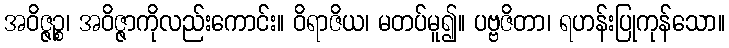
အဝိဇ္ဇဉ္စ၊ အဝိဇ္ဇာကိုလည်းကောင်း။ ဝိရာဇိယ၊ မတပ်မူ၍။ ပဗ္ဗဇိတာ၊ ရဟန်းပြုကုန်သော။